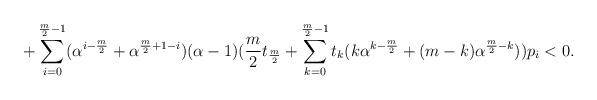
LaTeX: \begin{align*}+ \sum_{i=0}^{\frac{m}{2}-1} (\alpha^{i-\frac{m}{2}}+\alpha^{\frac{m}{2}+1-i})(\alpha-1)(\frac{m}{2}t_{\frac{m}{2}}+ \sum_{k=0}^{\frac{m}{2}-1} t_k (k\alpha^{k-\frac{m}{2}} + (m-k)\alpha^{\frac{m}{2}-k}))p_i < 0.\end{align*}